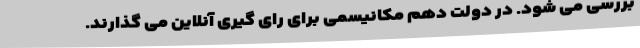
بررسی می شود. در دولت دهم مکانیسمی برای رای گیری آنلاین می گذارند.